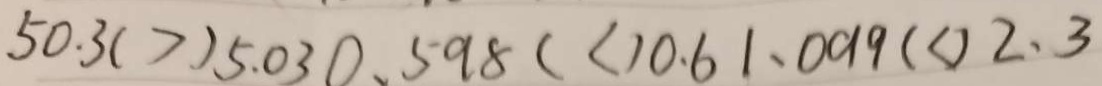
5 0 . 3 ( > ) 5 . 0 3 0 . 5 9 8 ( < 1 0 . 6 1 . 0 1 9 ( < ) 2 . 3